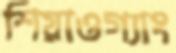
শিয়াওগ্যাং